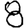
Digit: 8